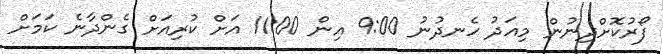
ފޯރުކޮށްދިނުން މިއަދު ހެނދުނު 9:00 އިން 11:00 އަށް ކުރިއަށް ގެންދާނެ ކަމަށް